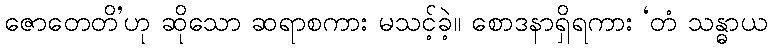
ဇောတေတိ’ဟု ဆိုသော ဆရာစကား မသင့်ခဲ့။ စောဒနာရှိရကား ‘တံ သန္ဓာယ